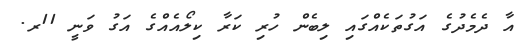
އާ ދެމެދުގެ އަގުތަކެއްގައި ލިބެން ހުރި ކަރާ ކިލޯއެއްގެ އަގު ވަނީ 11ރ.